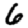
Digit: 6